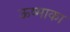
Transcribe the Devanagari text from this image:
ऊष्माका